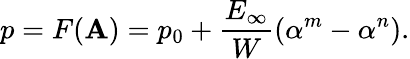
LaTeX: p=F(\mathbf{A})=p_{0}+\frac{{E_{\infty}}}{{W}}\left(\alpha^{m}-\alpha^{n}\right).